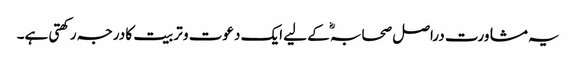
یہ مشاورت دراصل صحابہؓ کے لیے ایک دعوت و تربیت کا درجہ رکھتی ہے۔